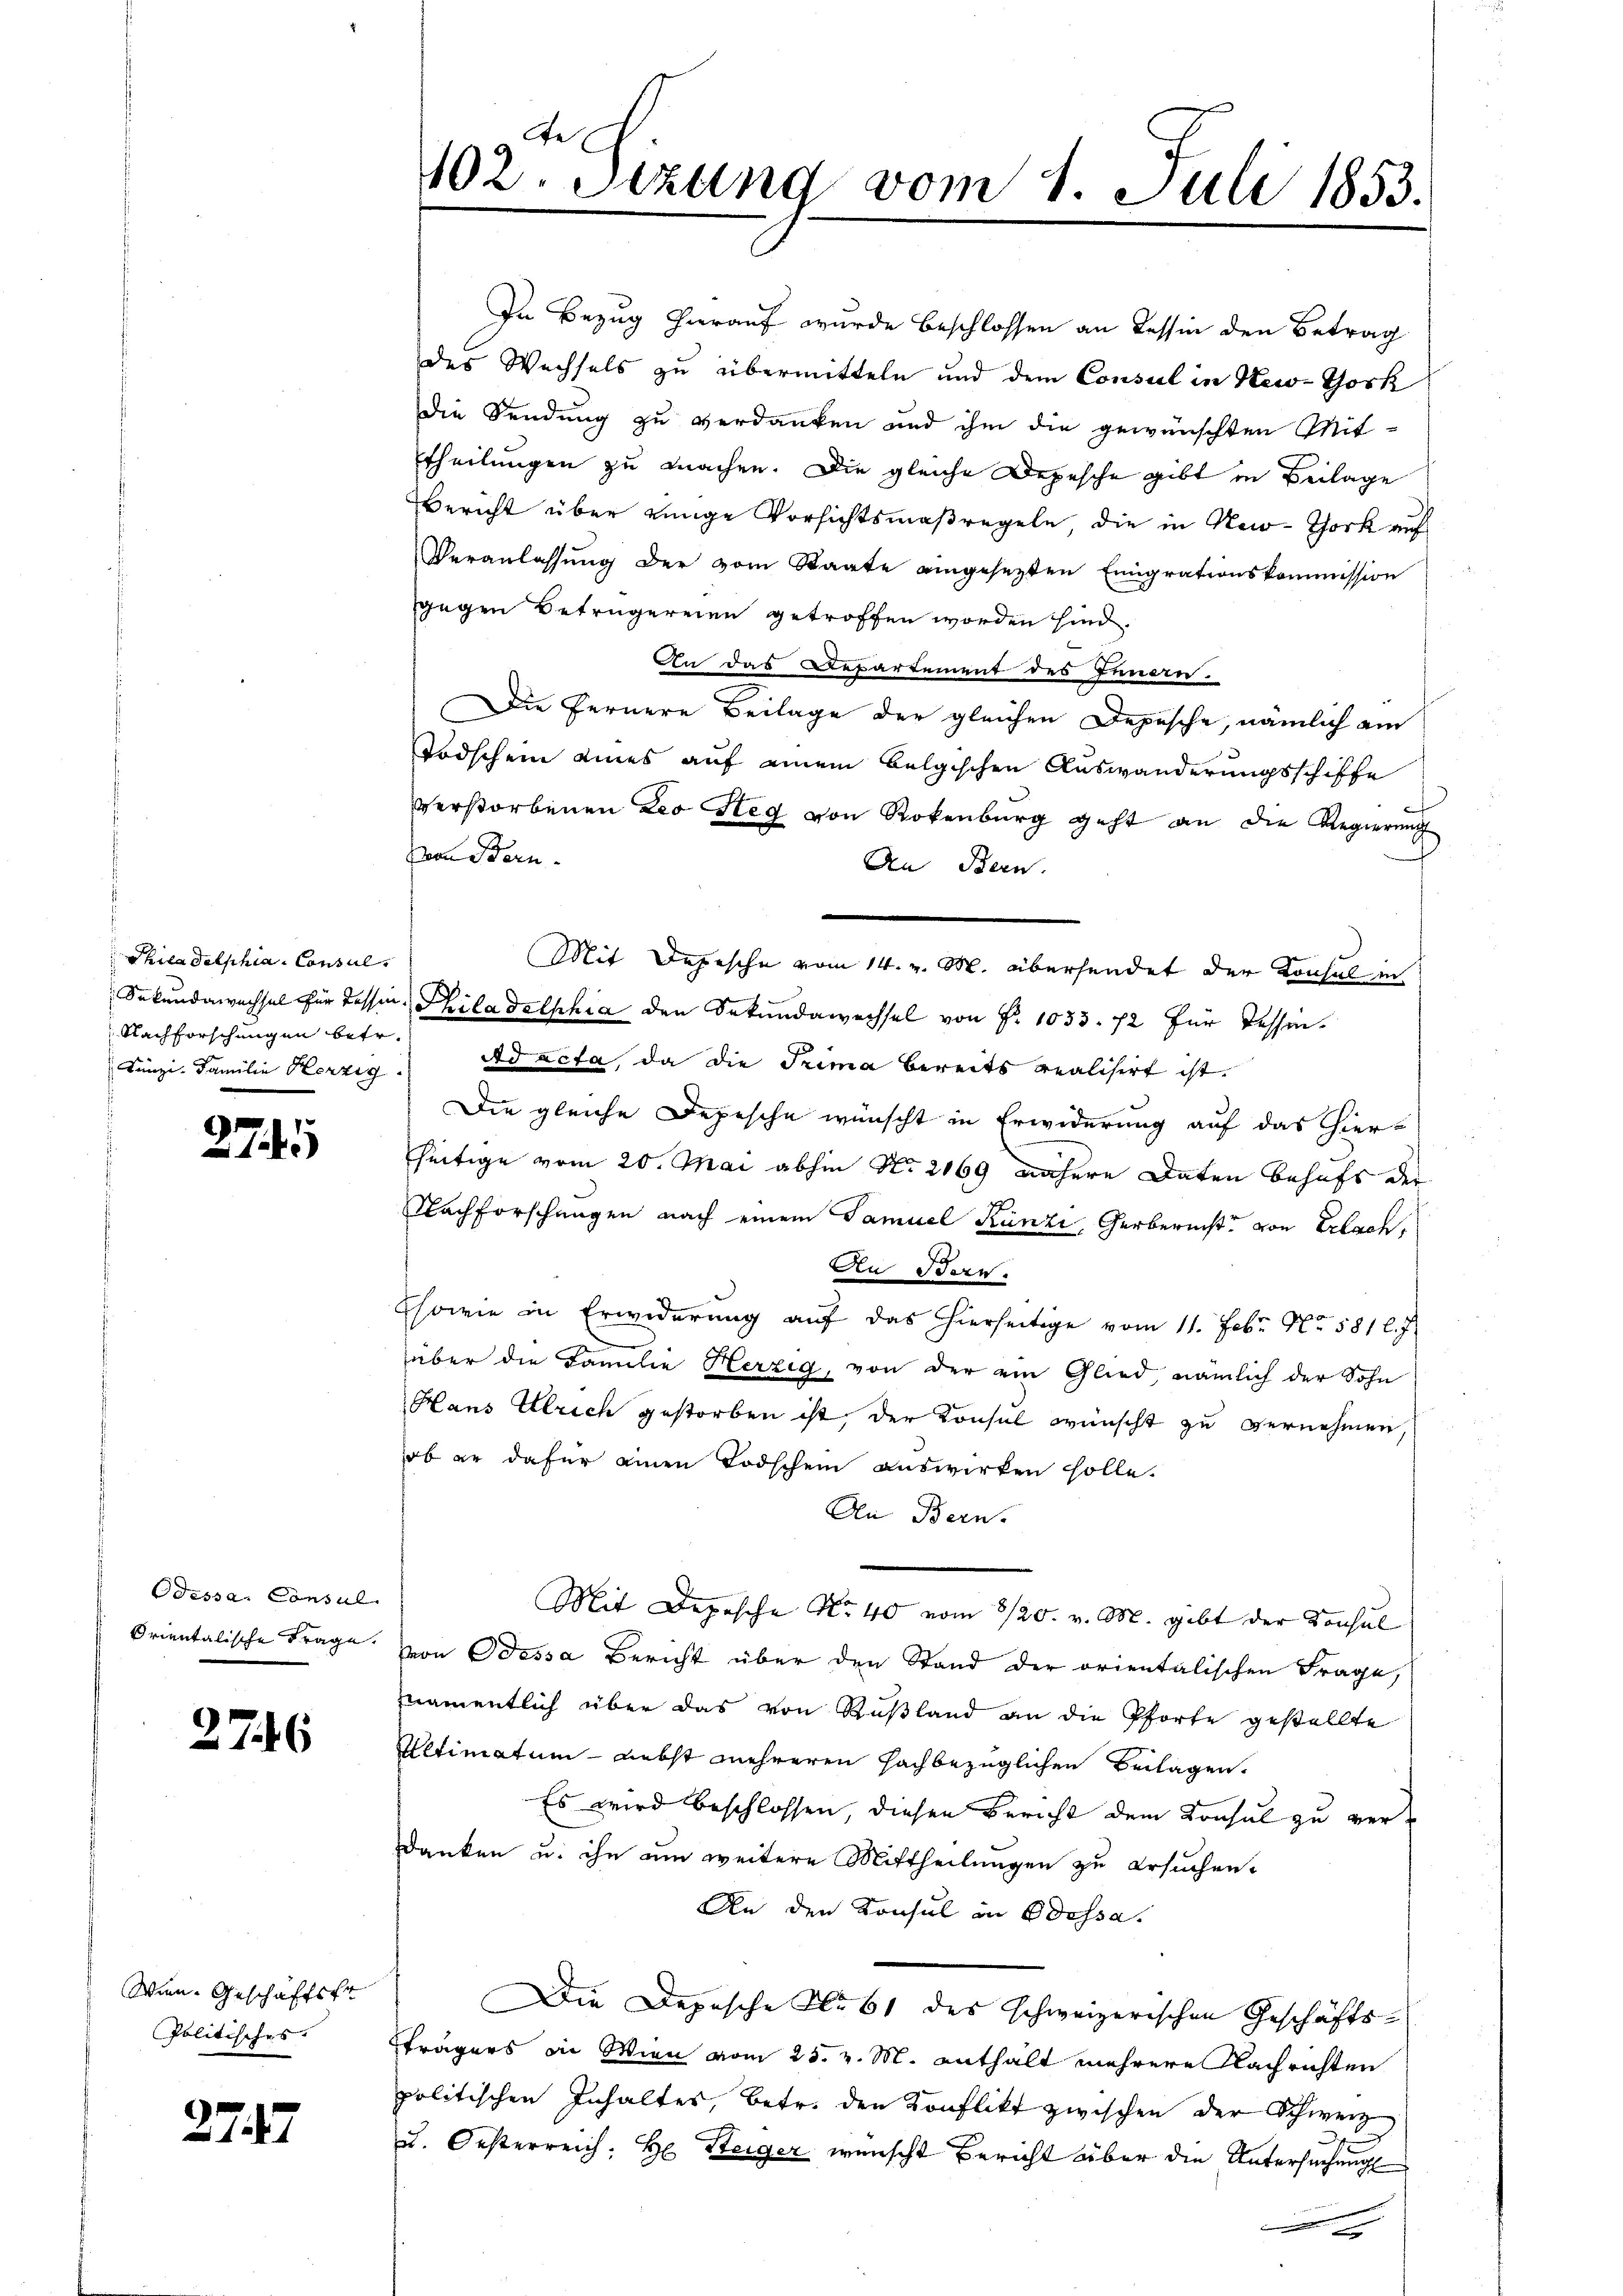
Philadelphia Consul
Nachforschungen betr.

274

Odessa, Consul

2746

Wien. Geschäftsfr
Politisches.

2747

de
402. Sizung vom 1. Juli 1853.

In Bezug hierauf wurde beschlossen an Tessin den Betrag
des Wechsels zu übermitteln und dem Consul in New-York
Die Sendung zu verdanken und ihm die gewünschten Mittheilungen zu machen. Die gleiche Depesche gibt in Beilage
Bericht über einige Vorsichtsmaßregeln die in New-York auf
Veranlassung der vom Staate eingesezten Einigrationskommission
gegen Betrügereien getroffen worden sind.
An das Departement des Innern.
Die Fernere Beilage der gleichen Depesche, nämlich am
Todschein eines auf einem belgischen Auswanderungsschiffe
verstorbenen Leo Steg von Rokenburg geht an die Regierung
Von Bern
An Bern.
Mit Depesche vom 14. v. M. übersendet der Konsul in
Sekundawachsel für Tessin Philadelphia den Sekundawechsel von Nr. 1033. 72 für Tessin.
Künzi, Familie Herzig. Ad acta, da die Prima bereits realisirt ist.
Die gleiche Depesche wünscht in Erwiderung auf das hierseitige vom 20. Mai abhin No. 2069 nähere Daten behufs der
Nachforschungen nach einem Samuel Künzi, Gerbericht von Erlach,
An Bern.
Esowie in Erwiderŭng aŭf das hierseitige vom 11. Febr. No. 581 l. J.
über die Familie Herzig, von der ein Glied, nämlich der Sohn
Hans Ulrich gestorben ist, der Konsul wünscht zu vernehmen,
ob er dafür einen Todschem auswirken solle.
An Bern.
Mit Depesche No 40 vom 3/20. v. M. gibt der Konsul
Orientalische Frage, von Odessa Bericht über den Stand der orientalischen Frage,
namentlich über das von Rußland an die Pforte gestellte
Ultimatum - Liebst mehreren hachbezüglichen Beilagen.
Es wird beschlossen, diesen Bericht dem Konsul zu verdanken u. ihn um weitere Mittheilungen zu ersuchen.
An den Konsul in Odessa.
Die Depesche No 61 des schweizerischen Geschäfts¬
Eträgers in Wien vom 25. v. M. enthält mehrere Nachrichten
politischen Inhaltes, betr. den Konflikt zwischen der Schwerz
u. Oesterreich: H. Steiger wünscht Bericht über die Untersuchungs¬